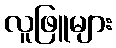
လူဖြူများ